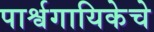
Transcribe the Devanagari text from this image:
पार्श्वगायिकेचे